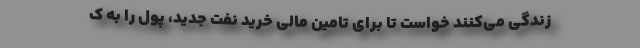
زندگی می‌کنند خواست تا برای تامین مالی خرید نفت جدید، پول را به ک